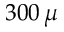
3 0 0 \, \mu